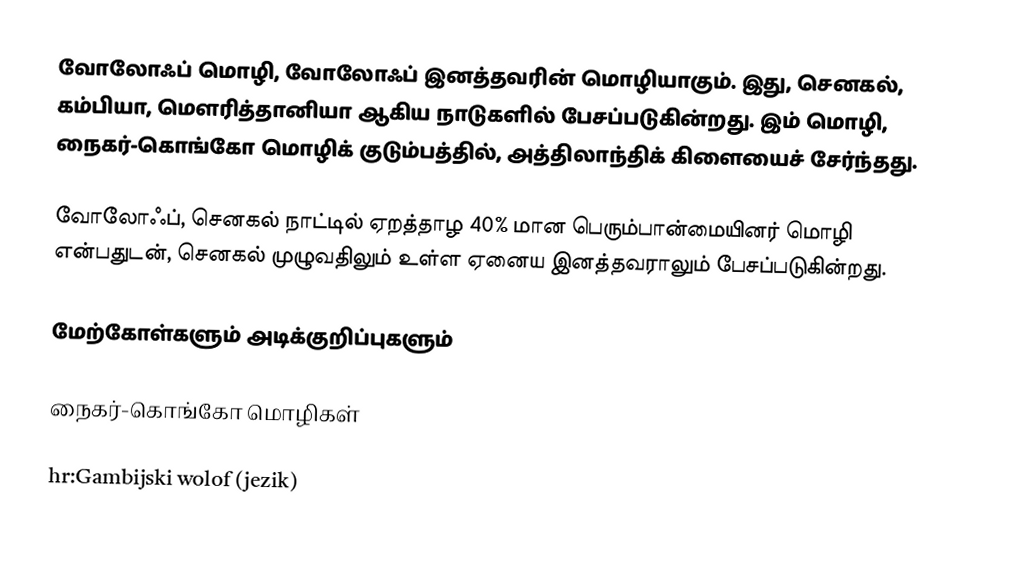
வோலோஃப் மொழி, வோலோஃப் இனத்தவரின் மொழியாகும். இது, செனகல், கம்பியா, மௌரித்தானியா ஆகிய நாடுகளில் பேசப்படுகின்றது. இம் மொழி, நைகர்-கொங்கோ மொழிக் குடும்பத்தில், அத்திலாந்திக் கிளையைச் சேர்ந்தது.

வோலோஃப், செனகல் நாட்டில் ஏறத்தாழ 40% மான பெரும்பான்மையினர் மொழி என்பதுடன், செனகல் முழுவதிலும் உள்ள ஏனைய இனத்தவராலும் பேசப்படுகின்றது.

மேற்கோள்களும் அடிக்குறிப்புகளும்

நைகர்-கொங்கோ மொழிகள்

hr:Gambijski wolof (jezik)